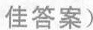
佳答案)